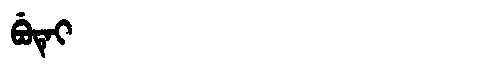
Manchu: ᠪᡠᡨᡝᡳ
Romanization: BUTEI